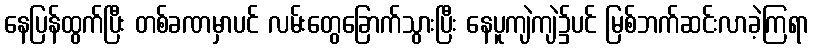
နေပြန်ထွက်ပြီး တစ်ခဏမှာပင် လမ်းတွေခြောက်သွားပြီး နေပူကျဲကျဲ၌ပင် မြစ်ဘက်ဆင်းလာခဲ့ကြရာ